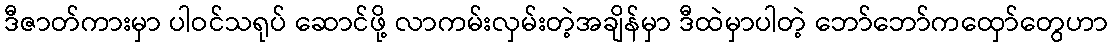
ဒီဇာတ်ကားမှာ ပါဝင်သရုပ် ဆောင်ဖို့ လာကမ်းလှမ်းတဲ့အချိန်မှာ ဒီထဲမှာပါတဲ့ ဘော်ဘော်ကထှော်တွေဟာ